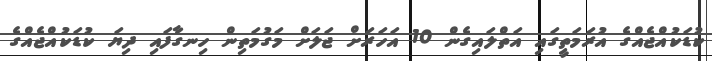
ކުޑަކުއްޖެއްގެ އުރަމަތީގައި އަތްލައިގެން 10 އަހަރަށް ޖަލަށް މަގުމަތިން ހިނގާފައި ދިޔަ ކުޑަކުއްޖެއްގެ